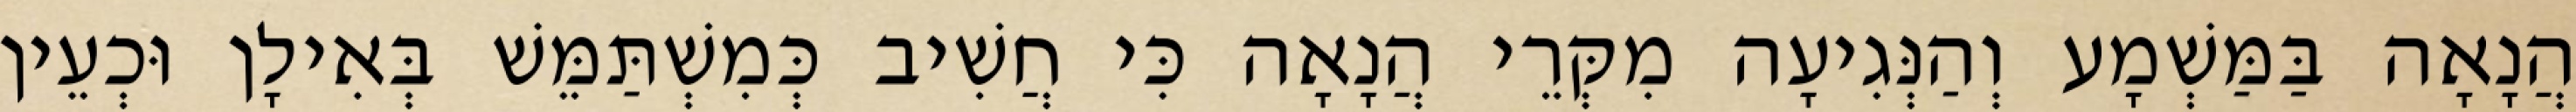
הֲנָאָה בַּמַּשְׁמָע וְהַנְּגִיעָה מִקְּרֵי הֲנָאָה כִּי חֲשִׁיב כְּמִשְׁתַּמֵּשׁ בְּאִילָן וּכְעֵין